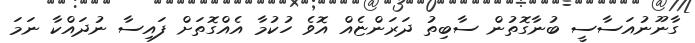
ގާނޫނުއަސާސީ ބުނާގޮތުން ސާބިތު ދަރަންޏެއް އޮވެ ހުކުމާ އެއްގޮތަށް ފައިސާ ނުދައްކާ ނަމަ